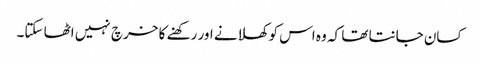
کسان جانتا تھا کہ وہ اس کو کھلانے اور رکھنے کا خرچ نہیں اٹھا سکتا۔